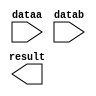
module lpm_sub_corr (
	dataa,
	datab,
	result);

	input	[7:0]  dataa;
	input	[7:0]  datab;
	output	[7:0]  result;

endmodule